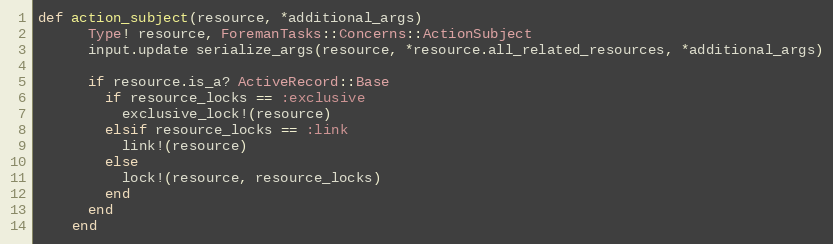
Language: Ruby
def action_subject(resource, *additional_args)
      Type! resource, ForemanTasks::Concerns::ActionSubject
      input.update serialize_args(resource, *resource.all_related_resources, *additional_args)

      if resource.is_a? ActiveRecord::Base
        if resource_locks == :exclusive
          exclusive_lock!(resource)
        elsif resource_locks == :link
          link!(resource)
        else
          lock!(resource, resource_locks)
        end
      end
    end